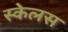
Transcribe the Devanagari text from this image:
स्केलस